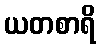
ယတစာရိ